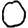
Digit: 0